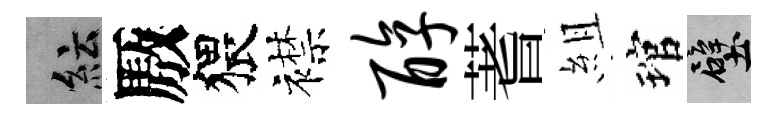
紜厫猥襟醇蓍組琯壁